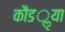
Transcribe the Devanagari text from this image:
कौडॢया